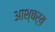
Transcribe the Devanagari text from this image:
आश्चर्य़